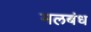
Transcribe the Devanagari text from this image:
मलबंध